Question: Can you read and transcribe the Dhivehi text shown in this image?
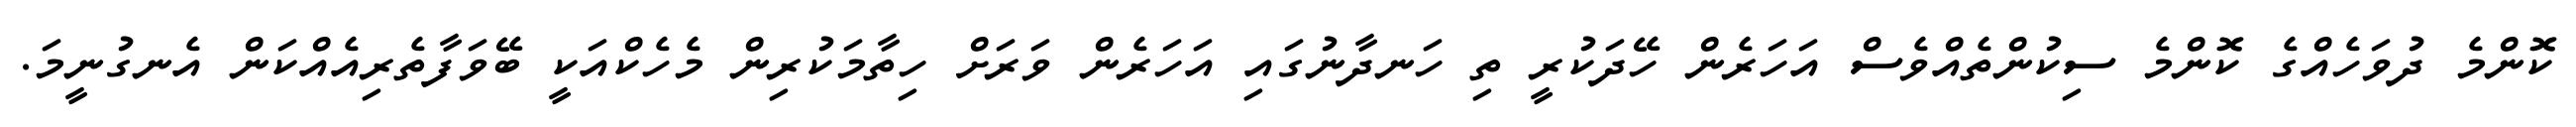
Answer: ކޮންމެ ދުވަހެއްގެ ކޮންމެ ސިކުންތެއްވެސް އަހަރެން ހޭދަކުރީ ތި ހަނދާނުގައި އަހަރެން ވަރަށް ހިތާމަކުރިން މެހެކްއަކީ ބޭވަފާތެރިއެއްކަން އެނގުނީމަ.